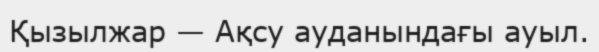
Қызылжар — Ақсу ауданындағы ауыл.